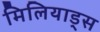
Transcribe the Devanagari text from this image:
मिलियाड्स